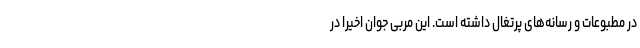
در مطبوعات و رسانه‌های پرتغال داشته است. این مربی جوان اخیراً در